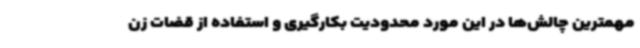
مهمترین چالش‌ها در این مورد محدودیت بکارگیری و استفاده از قضات زن